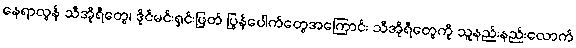
နေရာလွန် သီအိုရီတွေ၊ ဒိုင်မင်းရှင်းဖြတ် ပြွန်ပေါက်တွေအကြောင်း သီအိုရီတွေကို သူနည်းနည်းလောက်